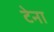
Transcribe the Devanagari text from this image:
टेना